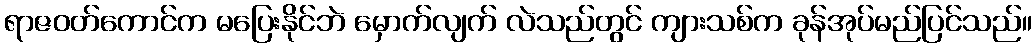
ရာဇဝတ်ကောင်က မပြေးနိုင်ဘဲ မှောက်လျက် လဲသည်တွင် ကျားသစ်က ခုန်အုပ်မည်ပြင်သည်။